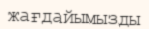
жағдайымызды